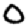
Digit: 0